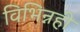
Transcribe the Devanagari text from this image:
विभिन्नही